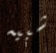
شبيه